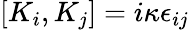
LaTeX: [K_{i},K_{j}]=i\kappa\epsilon_{ij}